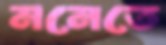
মনেতে